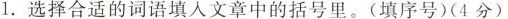
1. 选择合适的词语填入文章中的括号里。(填序号) (4分)